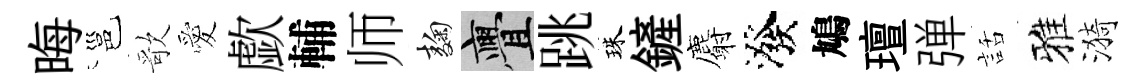
晦邕歌愛歔輔师麹亹跳珠鏟麝潑鳩璮弹話雅漪